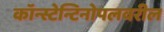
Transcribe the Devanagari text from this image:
कॉन्स्टेन्टिनोपलवरील